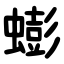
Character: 蟛